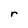
Character: r